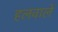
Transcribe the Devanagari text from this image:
हलवाले